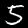
Label: 5